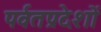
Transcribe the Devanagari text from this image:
पर्वतप्रदेशों